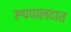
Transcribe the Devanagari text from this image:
रूपपालटात